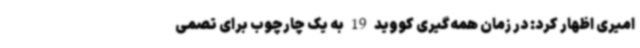
امیری اظهار کرد: در زمان همه‌گیری کووید 19 به یک چارچوب برای تصمی